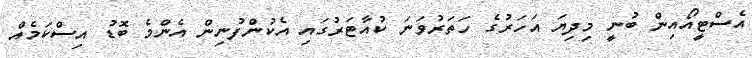
އެސްޓީއޯއިން ބުނީ މިދިޔަ އަހަރުގެ ހަތަރުވަނަ ކުއާޓަރުގައި އެކުންފުުނިން އެންމެ ބޮޑު އިސްކަމެއް